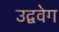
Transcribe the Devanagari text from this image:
उद्ववेग